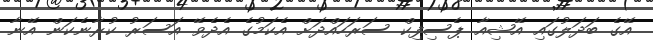
އޭގެ ބަދަލުގައި އޭޝިއާ ޕެސިފިކް ސަރަހައްދަށް އެކަމުގެ އެދެވޭ އަސަރު ކުރާނެކަން އޭނާ